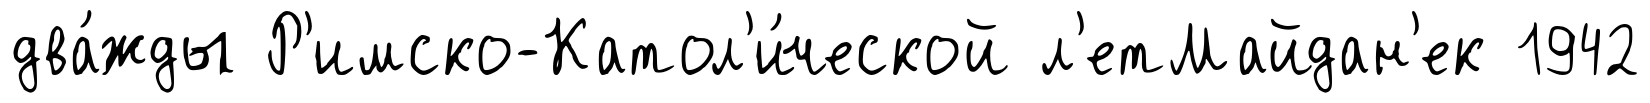
два́жды Р'имско-Катол'и́ческой л'етМайдан'ек 1942